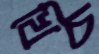
খিচ